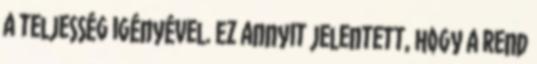
a teljesség igényével. Ez annyit jelentett, hogy a rend